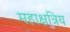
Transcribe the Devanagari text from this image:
महाक्षत्रिय